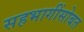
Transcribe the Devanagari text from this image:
सहभागींसोबत